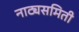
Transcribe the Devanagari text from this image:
नाट्यसमिती